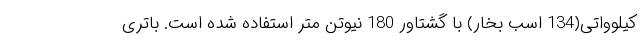
کیلوواتی(134 اسب بخار) با گشتاور 180 نیوتن متر استفاده شده است. باتری